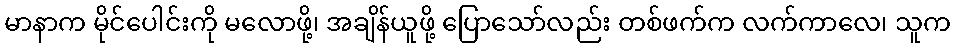
မာနာက မိုင်ပေါင်းကို မလောဖို့၊ အချိန်ယူဖို့ ပြောသော်လည်း တစ်ဖက်က လက်ကာလေ၊ သူက